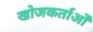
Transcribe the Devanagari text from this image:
खोजकर्ताओँ